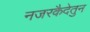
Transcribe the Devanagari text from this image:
नजरकैदेतुन